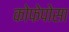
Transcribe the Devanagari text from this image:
कोफेपोसा